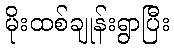
မိုးထစ်ချုန်းရွာပြီး